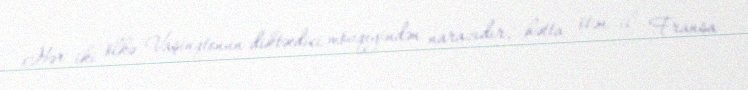
Hər iki ölkə Vaşinqtonun diktəedici mövqeyindən narazıdır, hətta ötən il Fransa